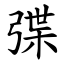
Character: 弽